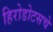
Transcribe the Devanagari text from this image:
हिरोडोटसचे